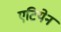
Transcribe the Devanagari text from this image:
एटियेन